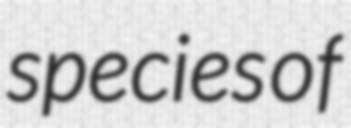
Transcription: species of